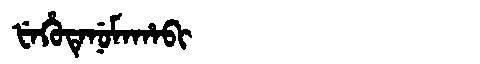
Manchu: ᡶᡝᡥᡠᡨᡝᠨᡠᠮᠠᡥᠠᠪᡳ
Romanization: FEHUTENUMAHABI